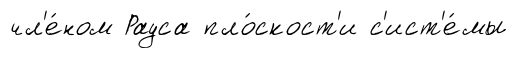
чл'е́ном Рауса пло́скост'и с'ист'е́мы